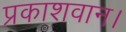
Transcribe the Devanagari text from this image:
प्रकाशवान।